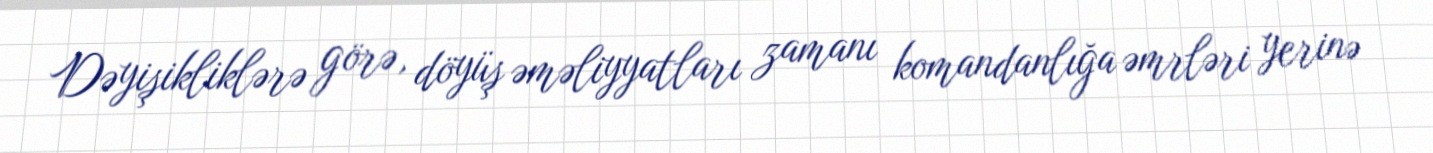
Dəyişikliklərə görə, döyüş əməliyyatları zamanı komandanlığa əmrləri yerinə